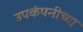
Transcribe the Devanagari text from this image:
उपकंपनीच्या